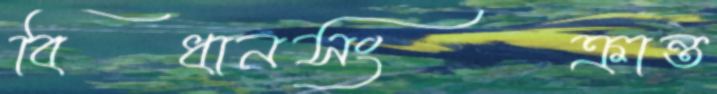
বিধানসংক্রান্ত